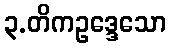
၃.တိကဥဒ္ဒေသော